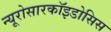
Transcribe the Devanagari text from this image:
न्यूरोसारकॉइडोसिस